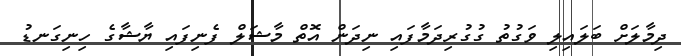
ދިމާލަށް ބަލައިލި ވަގުތު ގުގުރިދަމާފައި ނިދަން އޮތް މާޝަލް ފެނިފައި ޔާޝާގެ ހިނިގަނޑު